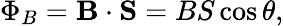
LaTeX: \Phi_{B}=\mathbf{B}\cdot\mathbf{S}=BS\cos\theta,